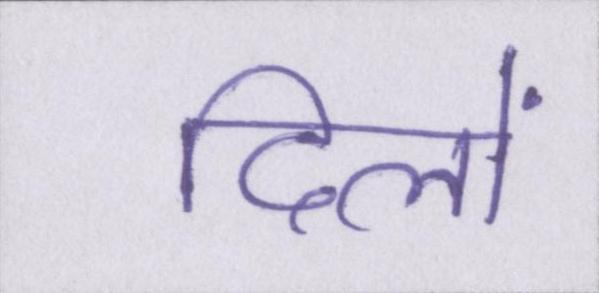
दिलों